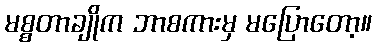
မစ္စတာချိုက ဘာစကားမှ မပြောတော့။